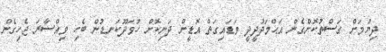
ދިޔުމަށް ގަސްތުކޮށްގެން އަޙްމަދުދީދީ ވަޑައިގަތް އޮޑީން ދަނިކޮށް ހުވަދޫކަނޑުން ބެހި ވިއްސާރަ ޖެހިގެން